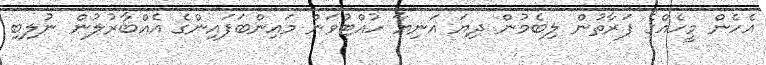
އެހެން މީހެއްގެ ފަރާތުން ލިބެމުން ދިޔަ އަނިޔާ ހުއްޓުވަން މައިންބަފައިންގެ އެއްބާރުލުން ނުލިބި